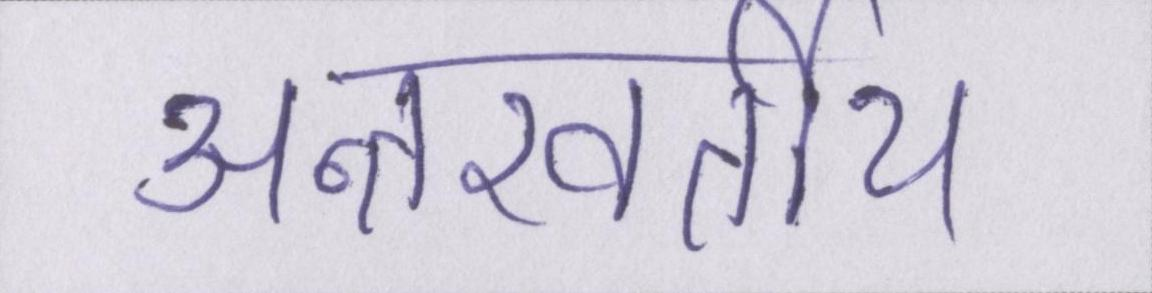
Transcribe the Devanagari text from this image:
अन्तरवर्तीय